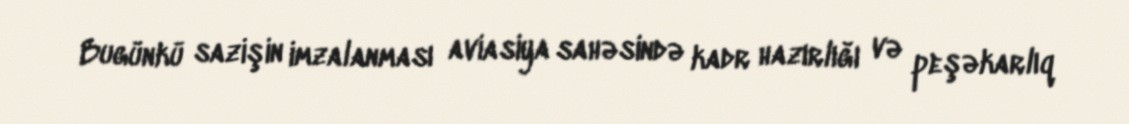
Bugünkü sazişin imzalanması aviasiya sahəsində kadr hazırlığı və peşəkarlıq